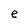
Character: e